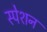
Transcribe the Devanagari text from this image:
स्पेशन